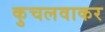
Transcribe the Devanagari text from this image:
कुचलवाकर